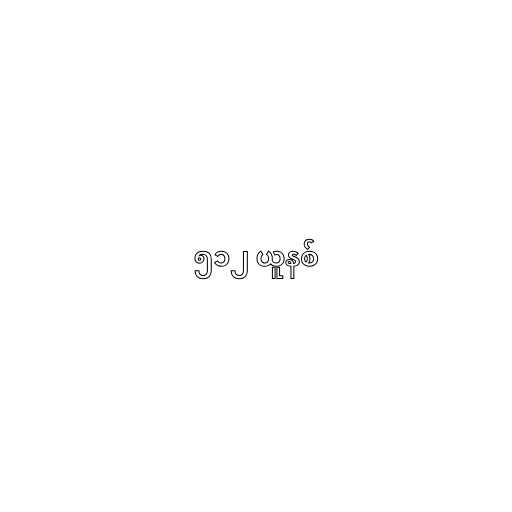
၅၁၂ ယူနစ်